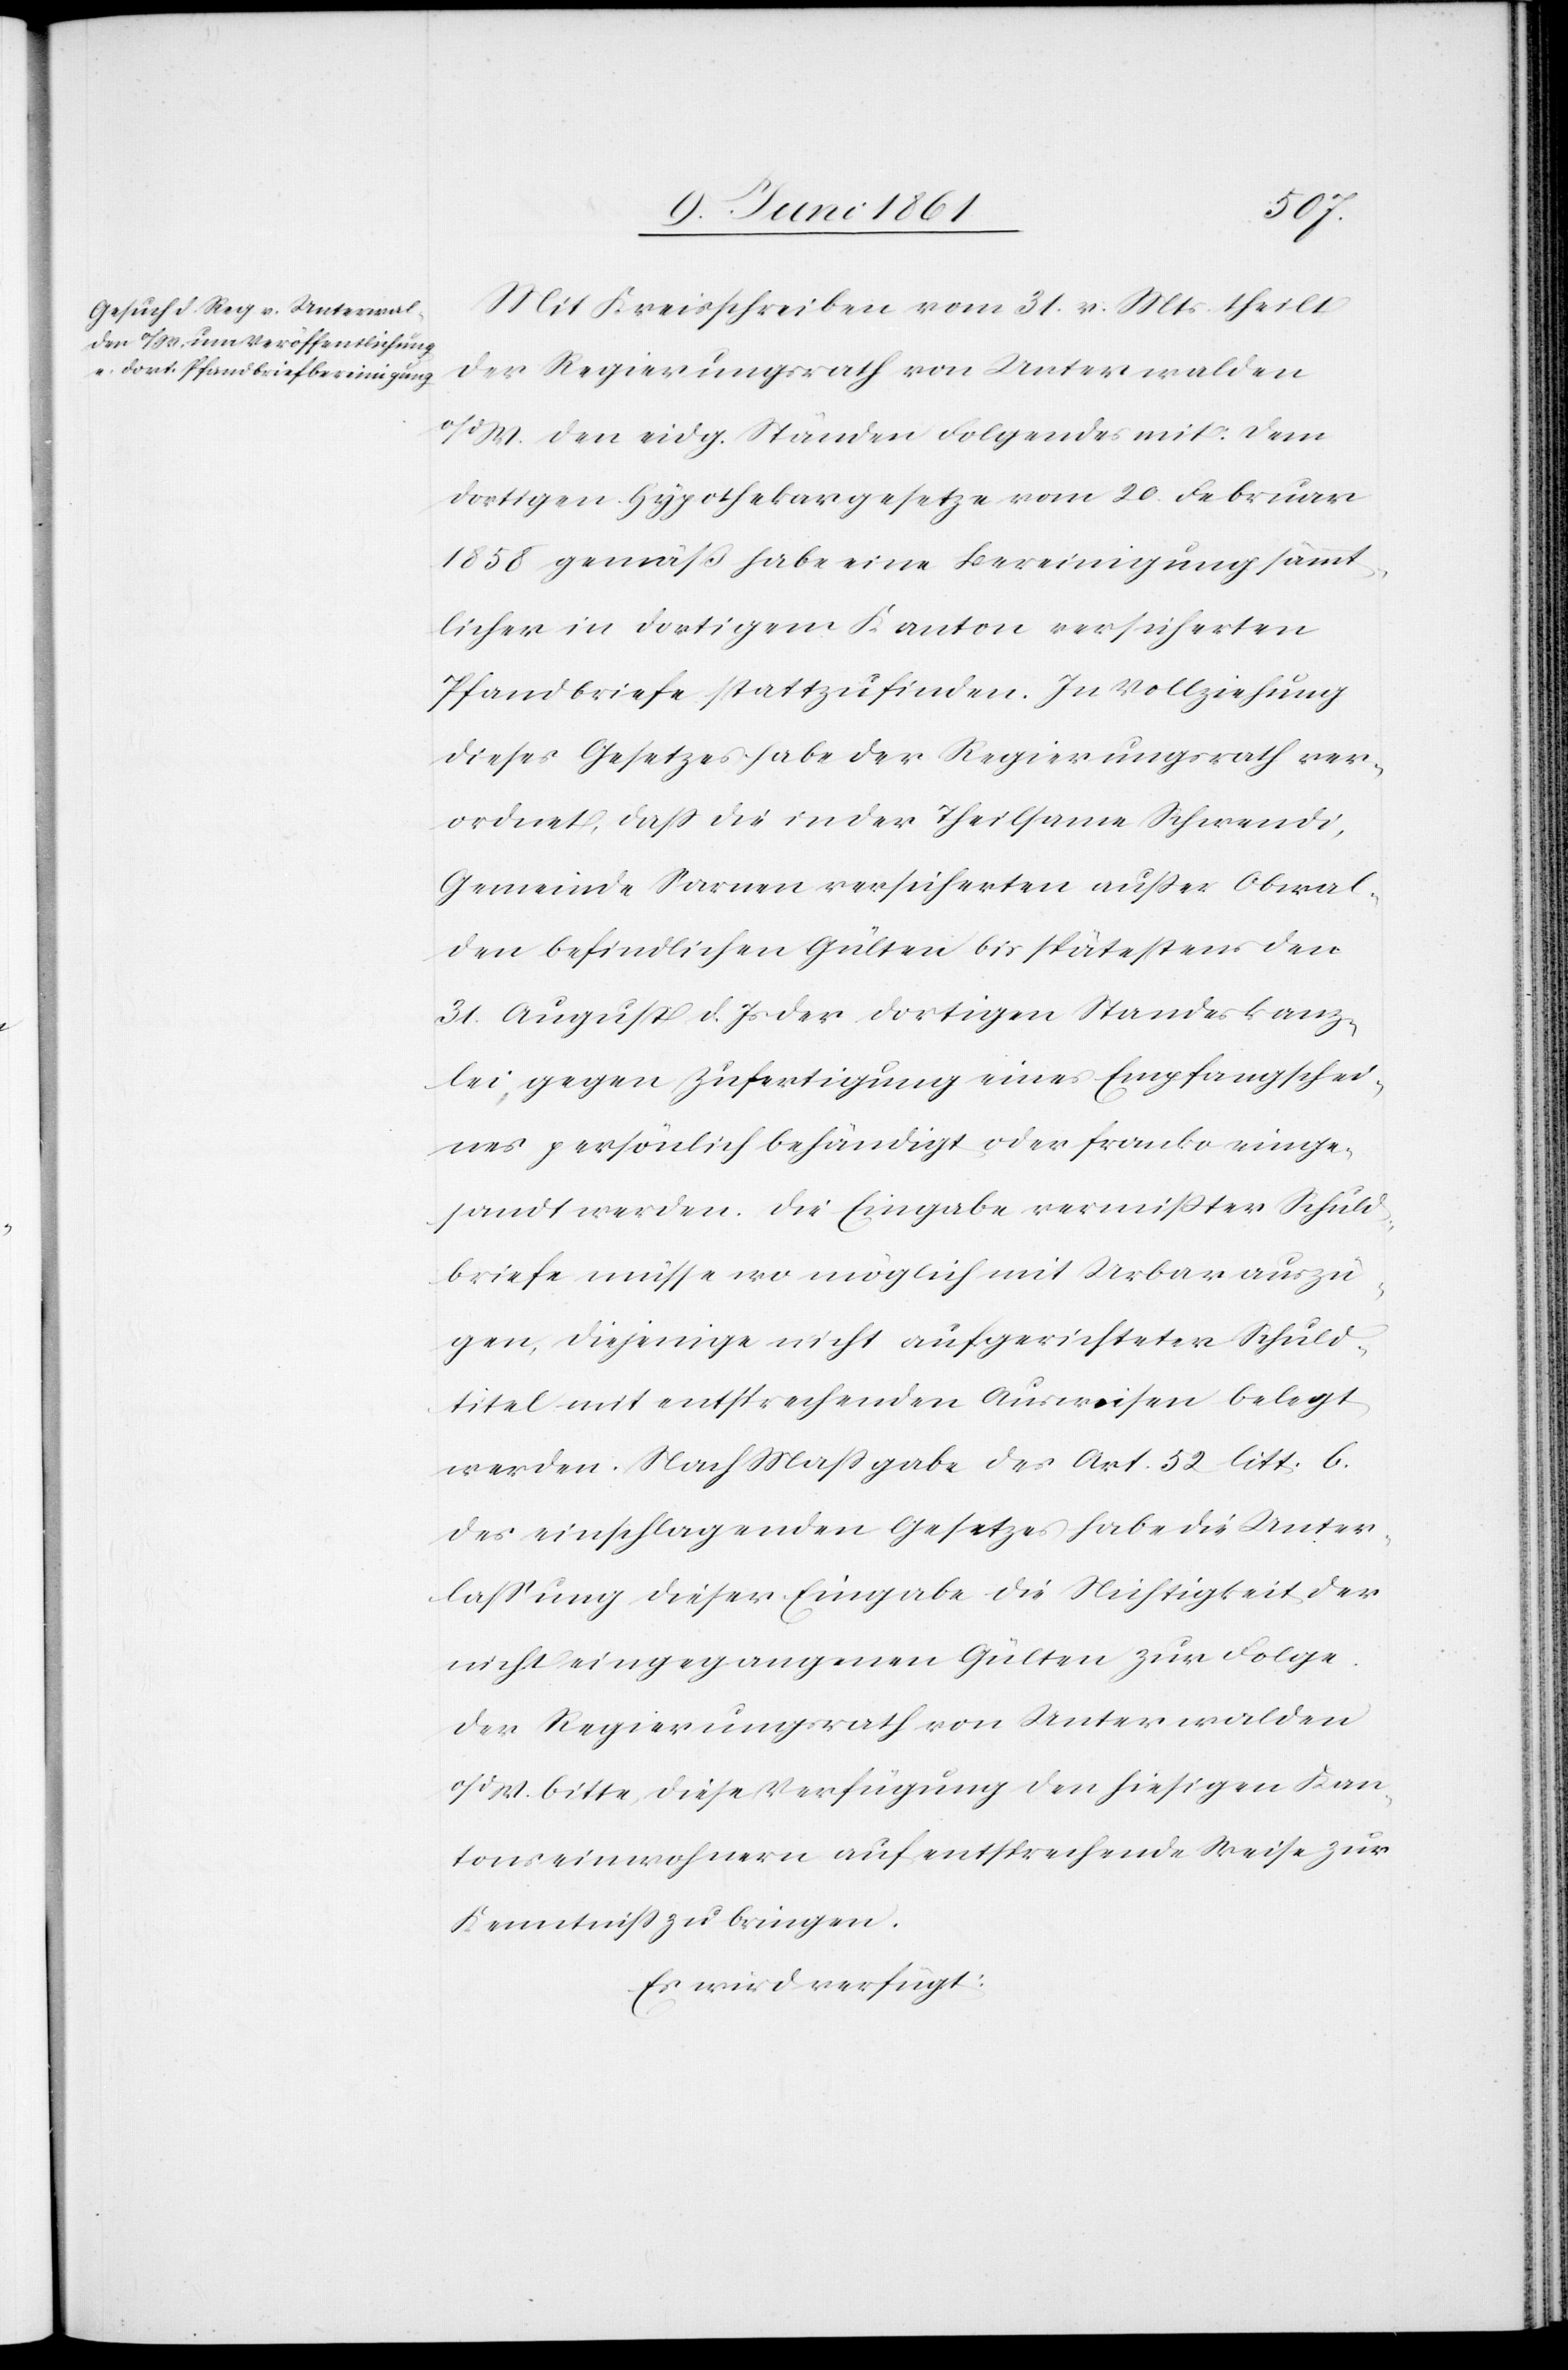
Mit Kreisschreiben vom 31. v. Mts. theilt
o/d. W. den eidg. Ständen Folgendes mit: Dem
dortigen Hypothekargesetze vom 20. Februar
1858 gemäßbhabe eine Bereinigung sämmt¬
licher in dortigem Kanton versicherten
Pfandbriefe stattzufinden. In Vollziehung
dieses Gesetzes habe der Regierungsrath ver¬
ordnet, dass die in der Theilsame Schwendi,
Gemeinde Sarnen versicherten ausser Obwal¬
den befindlichen Gülten bis spätestens den
31. August d. Js. der dortigen Standeskanz¬
lei, gegen Zufertigung eines Empfangsschei¬
nes persönlich behändigt oder franko einge¬
sandt werden. Die Eingabe vermisster Schuld¬
briefe müsse wo möglich mit Urbarauszü¬
gen, diejenige nicht aufgerichteter Schuld¬
titel mit entsprechenden Ausweisen belegt
werden. Nach Massgabe des Art. 52 litt. b.
des einschlagenden Gesetzes habe die Unter¬
lassung dieser Eingabe die Nichtigkeit der
nicht eingegangenen Gülten zur Folge.
Der Regierungsrath von Unterwalden
o/d. W. bitte, diese Verfügung den hiesigen Kan¬
tonseinwohnern auf entsprechende Weise zur
Kenntniss zu bringen.
Es wird verfügt: